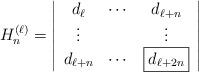
LaTeX: \begin{align*}H_n^{(\ell)}=\left|\begin{array}{ccc}d_\ell&\cdots&d_{\ell+n}\\\vdots&&\vdots\\d_{\ell+n}&\cdots&\boxed{d_{\ell+2n}}\end{array}\right|\end{align*}